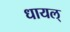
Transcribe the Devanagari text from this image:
धायल्